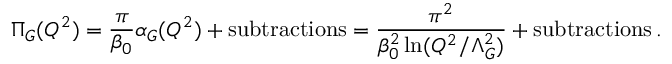
\Pi _ { G } ( Q ^ { 2 } ) = \frac { \pi } { \beta _ { 0 } } \alpha _ { G } ( Q ^ { 2 } ) + \mathrm { s u b t r a c t i o n s } = \frac { \pi ^ { 2 } } { \beta _ { 0 } ^ { 2 } \ln ( Q ^ { 2 } / \Lambda _ { G } ^ { 2 } ) } + \mathrm { s u b t r a c t i o n s } \, .